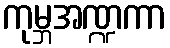
ကုမ္ဘအဏ္ဍကာ